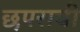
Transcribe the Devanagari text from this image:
छपराची